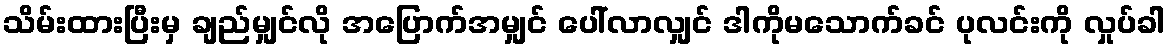
သိမ်းထားပြီးမှ ချည်မျှင်လို အပြောက်အမျှင် ပေါ်လာလျှင် ဒါကိုမသောက်ခင် ပုလင်းကို လှုပ်ခါ